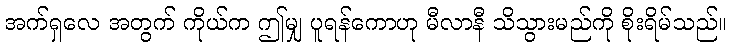
အက်ရှလေ အတွက် ကိုယ်က ဤမျှ ပူရန်ကောဟု မီလာနီ သိသွားမည်ကို စိုးရိမ်သည်။